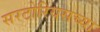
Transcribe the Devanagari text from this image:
सरटोरियसच्या